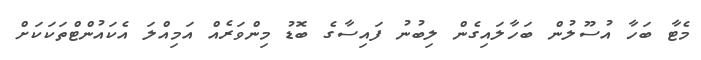
މެޓާ ބަހާ އުސޫލުން ބަހާލައިގެން ލިބުނު ފައިސާގެ ބޮޑު މިންވަރެއް އަމިއްލަ އެކައުންޓްތަކަކަށް